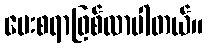
မေးစရာဖြစ်လာပါတယ်။